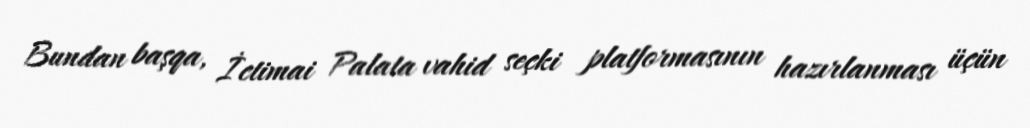
Bundan başqa, İctimai Palata vahid seçki platformasının hazırlanması üçün